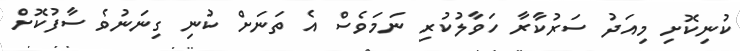
ކުނިކޮށި މިއަދު ސަރުކާރާ ހަވާލުކުރި ނަމަވެސް އެ ތަނަށް ކުނި ގިނަނުވެ ސާފުކޮށް